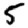
Digit: 5